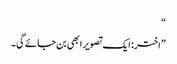
“
”اختر: ایک تصویر ابھی بن جائے گی۔